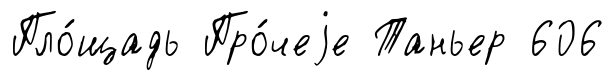
Пло́щадь Про́чеjе Таньер 606